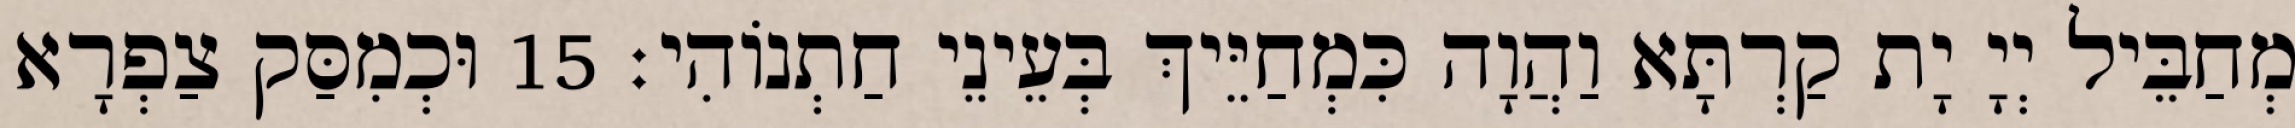
מְחַבֵּיל יְיָ יָת קַרְתָּא וַהֲוָה כִּמְחַיֵּיךְ בְּעֵינֵי חַתְנוֹהִי׃ 15 וּכְמִסַּק צַפְרָא